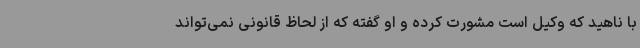
با ناهید که وکیل است مشورت کرده و او گفته که از لحاظ قانونی نمی‌تواند